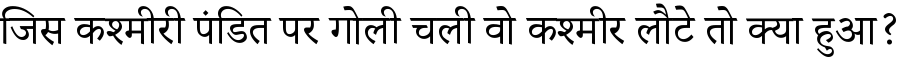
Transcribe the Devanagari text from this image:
जिस कश्मीरी पंडित पर गोली चली वो कश्मीर लौटे तो क्या हुआ?